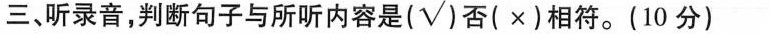
三、听录音,判断句子与所听内容是(√)否( ×)相符.(10 分)